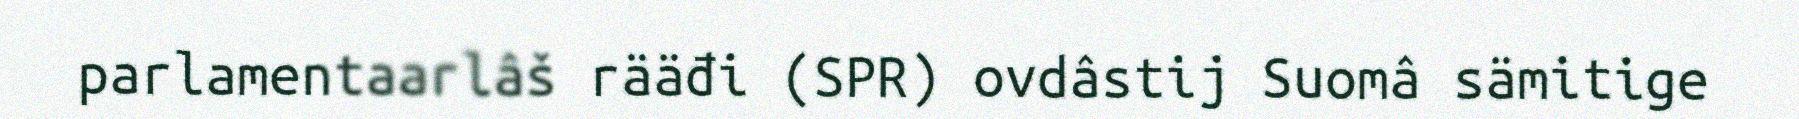
parlamentaarlâš rääđi (SPR) ovdâstij Suomâ sämitige